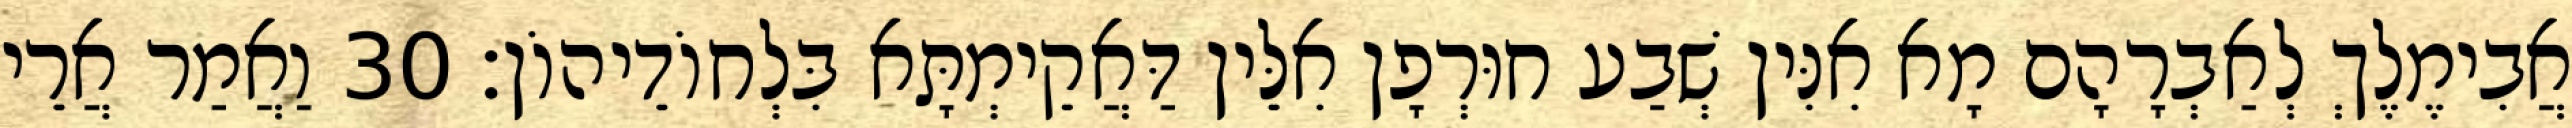
אֲבִימֶלֶךְ לְאַבְרָהָם מָא אִנִּין שְׁבַע חוּרְפָן אִלֵּין דַּאֲקֵימְתָּא בִּלְחוֹדֵיהוֹן׃ 30 וַאֲמַר אֲרֵי